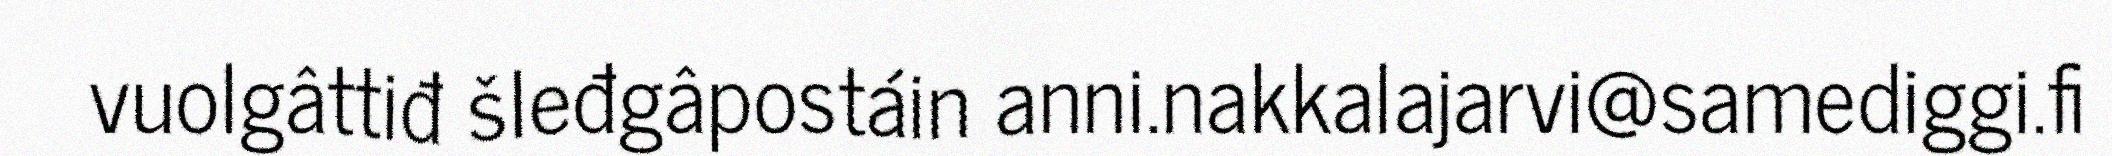
vuolgâttiđ šleđgâpostáin anni.nakkalajarvi@samediggi.fi